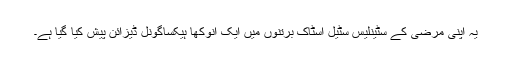
یہ اپنی مرضی کے سٹینلیس سٹیل اسٹاک برتنوں میں ایک انوکھا ہیکساگونل ڈیزائن پیش کیا گیا ہے۔